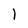
Character: 1